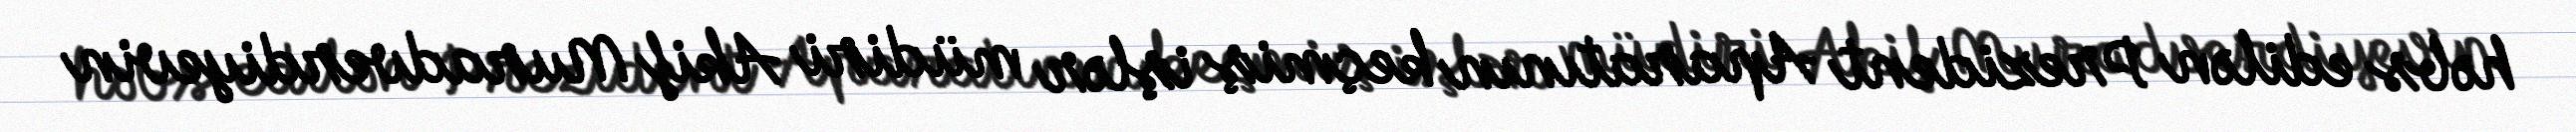
həbs edilən Prezident Aparatının keçmiş işlər müdiri Akif Muradverdiyevin